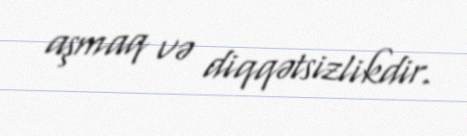
aşmaq və diqqətsizlikdir.